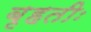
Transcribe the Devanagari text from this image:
बृहतीः